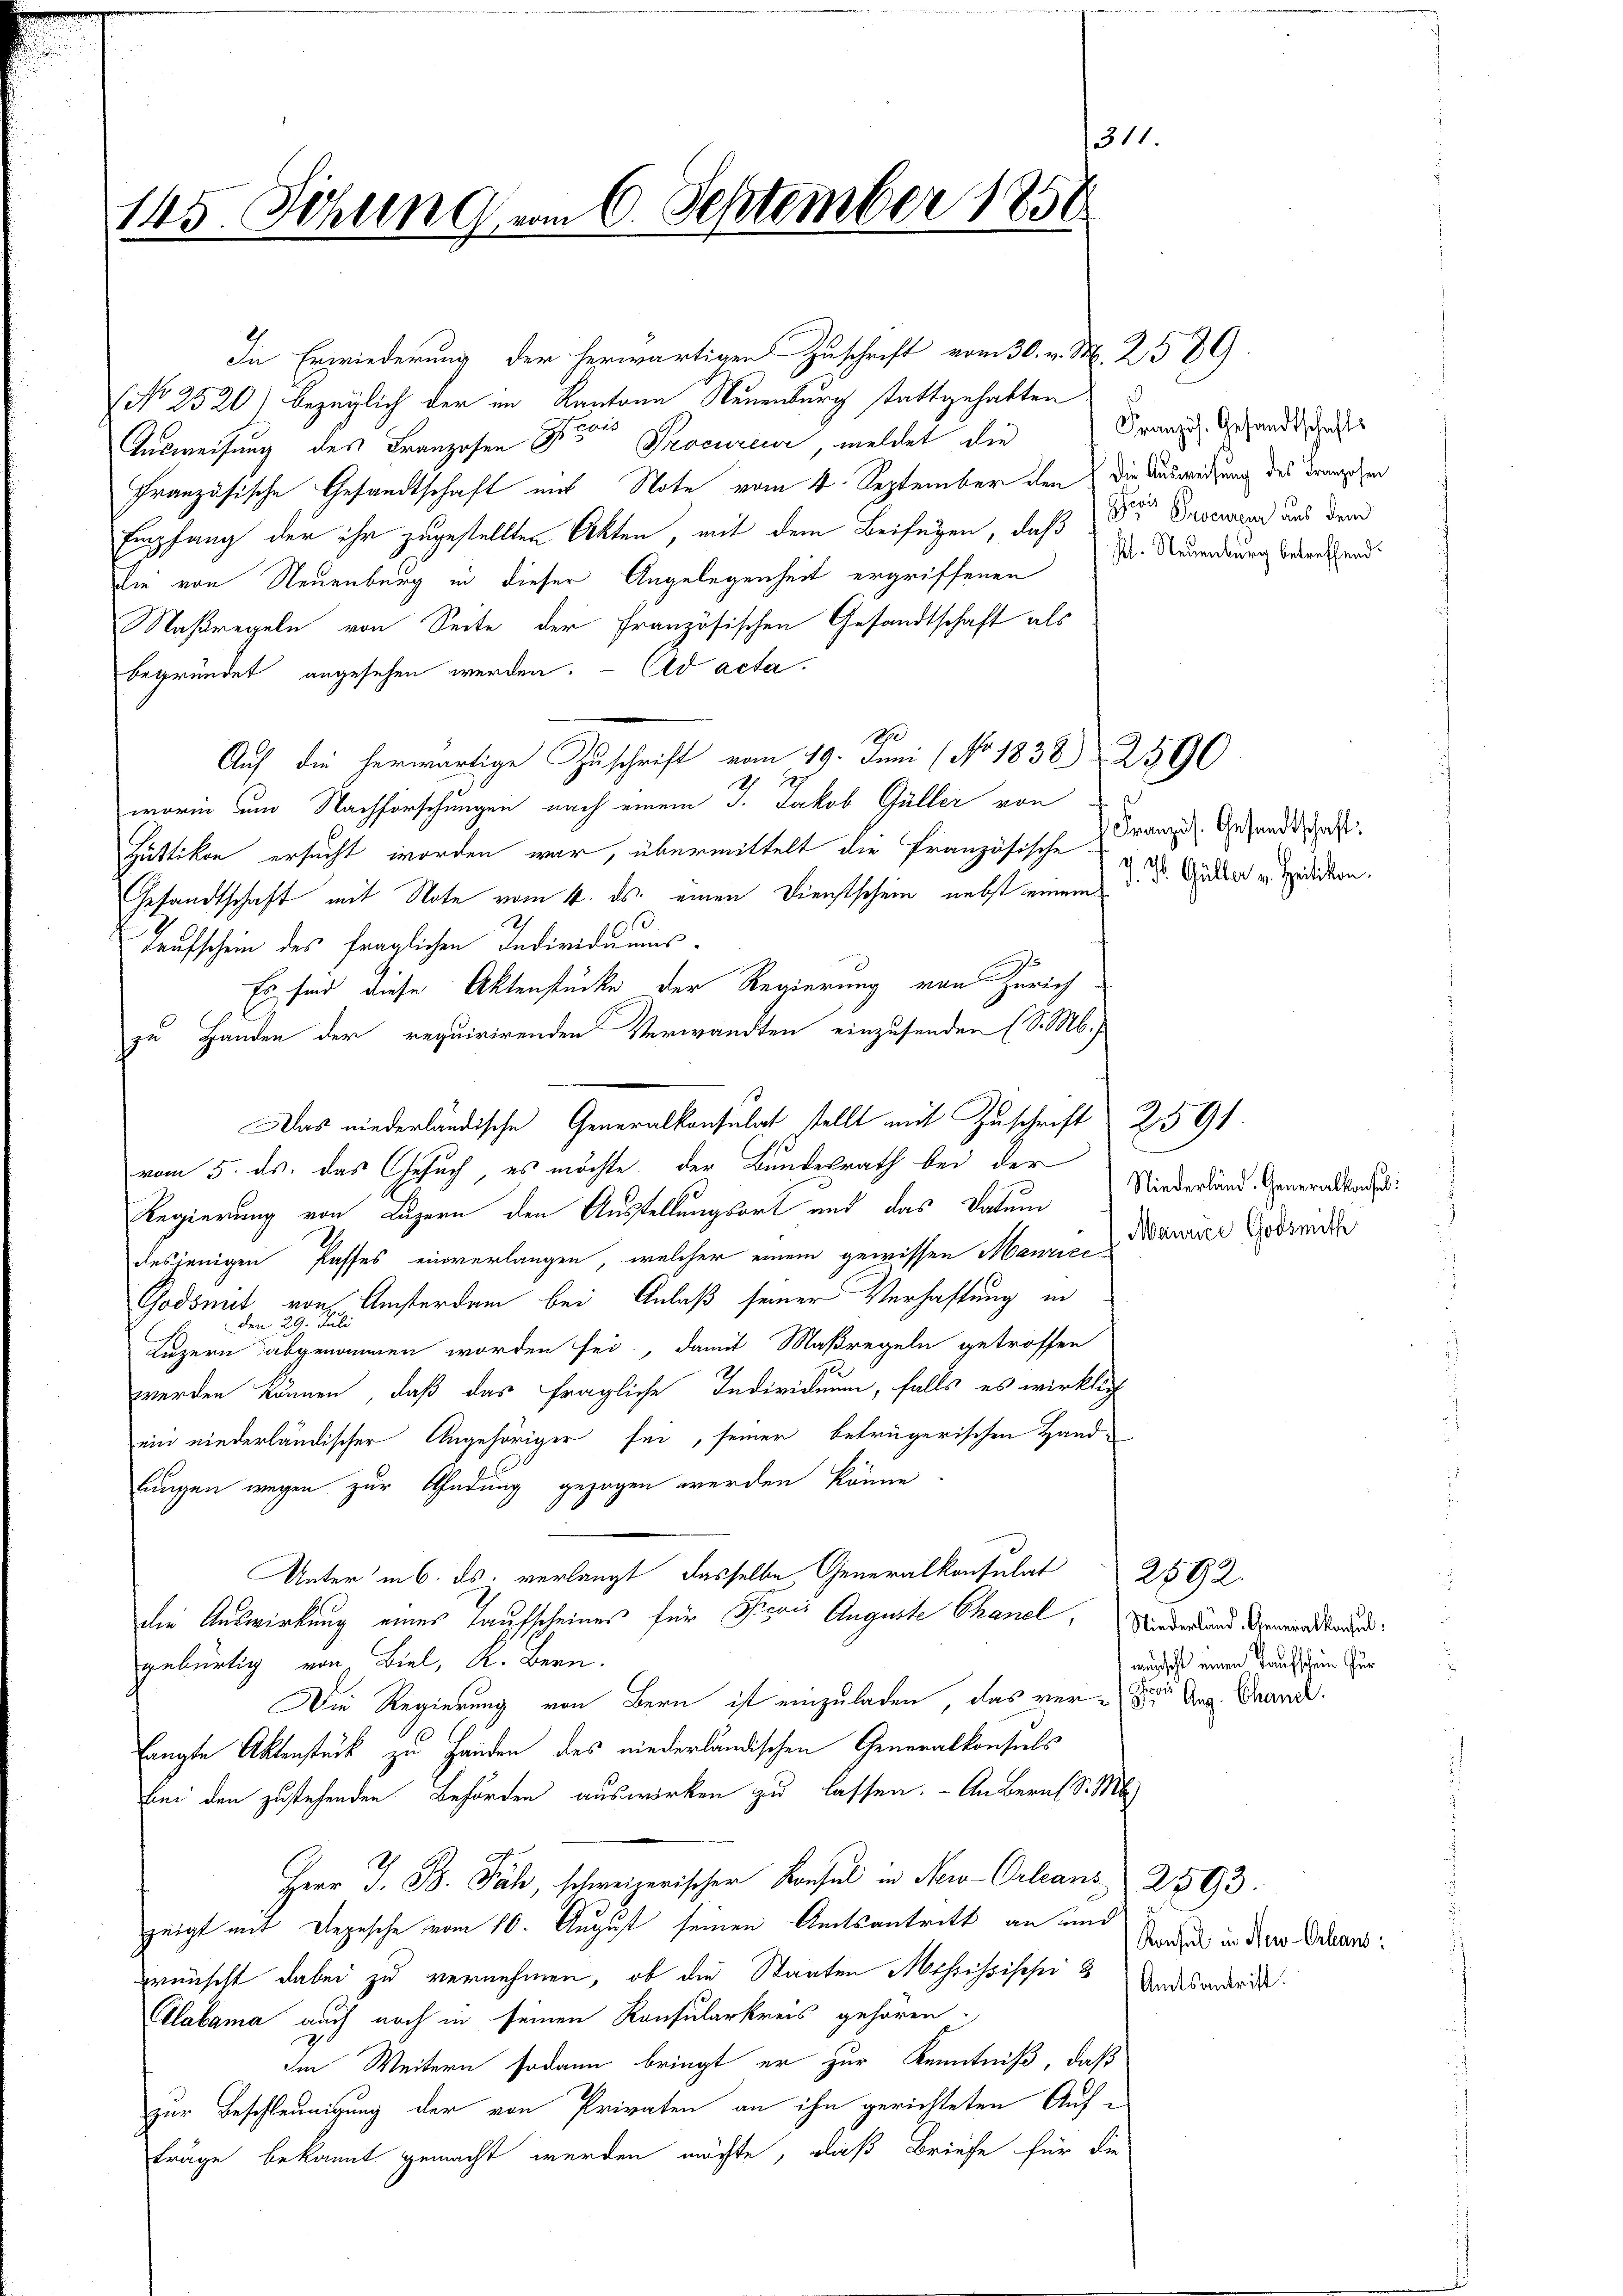
145. Sitzung vom 6. September 1851.

In Erwiederung der herwärtigen Zuschrift vom 30. v. M. 2589
No 2520) bezüglich der im Kantone Neuenburg stattgehabten
Ausweisung des Franzosen der Procureur, meldet die
Französische Gesandtschaft mit Note vom 4. September den die Ausweisung des Franzen
Empfang der ihr zugestellten Akten, mit dem Beifügen, daß der Procurand aus dem
Die von Neuenburg in dieser Angelegenheit ergriffenen Dr. Neuenburg betreffend:
Naßregeln von Seite der Französischen Gesandtschaft als
begründet angesehen werden. - Ad acta.
1890
Auf die herwärtige Zuschrift vom 19. Juni (No. 1838 259.
 19
worin um Nachforschungen nach einem J. Jakob Güller von
Hüttikon ersucht worden war, übermittelt die französische
Gesandtschaft mit Note vom 4. ds. einen Dienstschein nebst einem
3
Taufschein des fraglichen Individuums¬
Es sind diese Aktenstücke der Regierung von Zürich
zu Handen der requirirenden Verwandten einzusenden (S. M.)
Das niederländische Generalkonsulat stellt mit Zuschrift 2591.
vom 5. ds. das Gesuch es möchte, der Bundesrath bei der
Regierung von Luzern den Ausstellungsort und das Datum
desjenigen Passes einverlangen, welcher einem gewissen Mannice
Godomit, von Amsterdam bei Anlaß seiner Verhaftung in
Luzern abgenommen worden sei, damit Maßregeln getroffen
werden können, daß das fragliche Individuum, falls es wirklich
ein niederländischer Angehöriger sei, seiner betrügerischen Handlungen wegen zur Ahndung gezogen werden könne
Unter in 6. ds. verlangt dasselbe, Generalkonsulat 2592.
die Auswirkung eines Laufscheines für Pisac Auguste Chancl. Nieder und Gemeindsausgebürtig von Biel, K. Bern.
Die Regierung von Bern ist einzuladen, das vor Frau Aug. Grand
langte Aktenstück zu Handen des niederländischen Generalkonsuls
bei den zustehenden Behörden auswirken zu lassen. - An Bern Sr. M
Herr J. B. Fäh, schweizerischer Konsul in New-Orleans 2593.
zeigt mit Depesche vom 10. August seinen Amtsantritt an und
wünscht dabei zu vernehmen, ob die Staaten Mohressischen? Undesandr.
Alabama auch noch in seinen Konsularkreis gehören
Im Weitern sodann bringt er zur Kenntniß, daß
zur Beschleunigung der von Privaten an ihn gerichteten Aufträge bekannt gemacht werden möchte, daß Briefe für die

11

Französ. Gesandtschafts

Französ. Gesandtschaft:
J. P. Gülter v. Zeitikon.

Niederland. Generalkonsul:
Maurice Godsmith

wünscht einen Taufschein fur

Konsul in New-Orleans